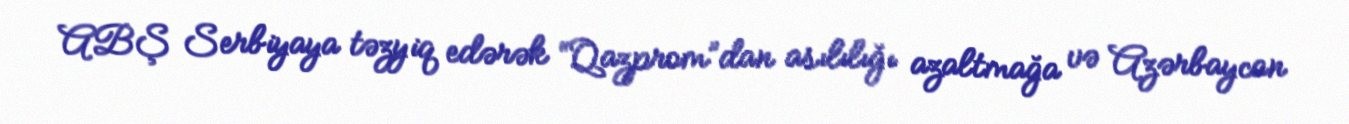
ABŞ Serbiyaya təzyiq edərək “Qazprom”dan asılılığı azaltmağa və Azərbaycan